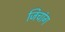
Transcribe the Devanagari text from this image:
जिचांग